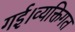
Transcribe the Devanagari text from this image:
गई।व्यक्तिगत